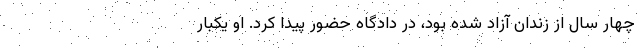
چهار سال از زندان آزاد شده بود، در دادگاه حضور پیدا کرد. او یکبار